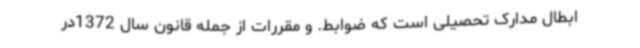
ابطال مدارک تحصیلی است که ضوابط. و مقررات از جمله قانون سال 1372در